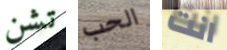
تشن الحب انت